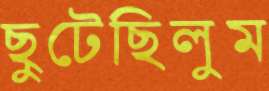
ছুটেছিলুম